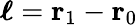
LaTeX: \boldsymbol{\ell}=\mathbf{r}_{1}-\mathbf{r}_{0}